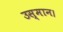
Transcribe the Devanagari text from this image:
उस्मान।